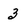
Character: 3